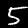
Digit: 5